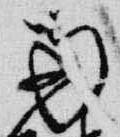
南